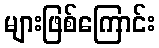
များဖြစ်ကြောင်း